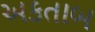
અકતાબ